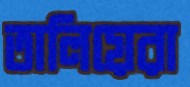
তালিয়েরা